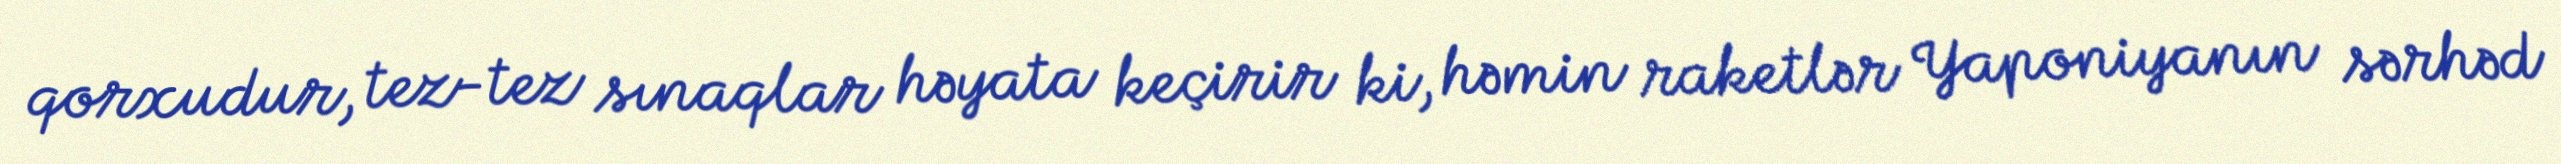
qorxudur, tez-tez sınaqlar həyata keçirir ki, həmin raketlər Yaponiyanın sərhəd